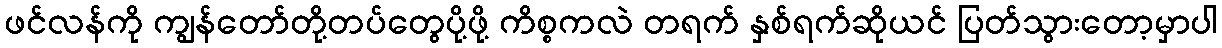
ဖင်လန်ကို ကျွန်တော်တို့တပ်တွေပို့ဖို့ ကိစ္စကလဲ တရက် နှစ်ရက်ဆိုယင် ပြတ်သွားတော့မှာပါ